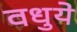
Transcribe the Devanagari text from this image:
वधुये